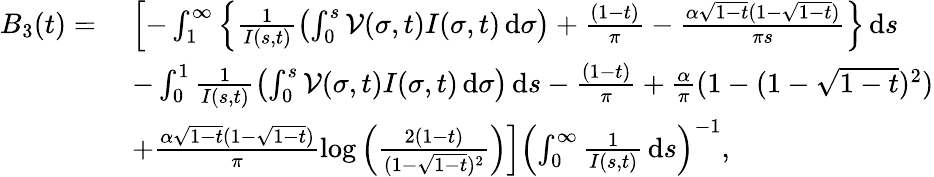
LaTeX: \begin{array}{rl}{B_{3}(t)=}&{\; \left[-\int_{1}^{\infty}\left\{ \frac{1}{I(s,t)}\left(\int_{0}^{s}\mathcal{V}(\sigma,t)I(\sigma,t)\, \mathrm{d}\sigma\right)+\frac{(1-t)}{\pi}-\frac{\alpha\sqrt{1-t}(1-\sqrt{1-t})}{\pi s}\right\} \, \mathrm{d}s\right.}\\ &{\; \left.-\int_{0}^{1}\frac{1}{I(s,t)}\left(\int_{0}^{s}\mathcal{V}(\sigma,t)I(\sigma,t)\, \mathrm{d}\sigma\right)\, \mathrm{d}s-\frac{(1-t)}{\pi}+\frac{\alpha}{\pi}(1-(1-\sqrt{1-t})^{2})\right.}\\ &{\; \left.+\frac{\alpha\sqrt{1-t}(1-\sqrt{1-t})}{\pi}\log\left(\frac{2(1-t)}{(1-\sqrt{1-t})^{2}}\right)\right]\left(\int_{0}^{\infty}\frac{1}{I(s,t)}\, \mathrm{d}s\right)^{-1},}\end{array}